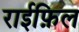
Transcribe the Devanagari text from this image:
राईफ़िल